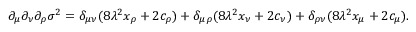
\partial _ { \mu } \partial _ { \nu } \partial _ { \rho } \sigma ^ { 2 } = \delta _ { \mu \nu } ( 8 \lambda ^ { 2 } x _ { \rho } + 2 c _ { \rho } ) + \delta _ { \mu \rho } ( 8 \lambda ^ { 2 } x _ { \nu } + 2 c _ { \nu } ) + \delta _ { \rho \nu } ( 8 \lambda ^ { 2 } x _ { \mu } + 2 c _ { \mu } ) .